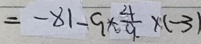
= - 8 1 - 9 \times \frac { 4 } { 9 } \times ( - 3 )